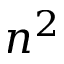
n ^ { 2 }